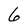
Character: 6